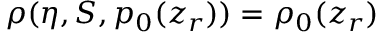
\rho ( \eta , S , p _ { 0 } ( z _ { r } ) ) = \rho _ { 0 } ( z _ { r } )